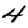
Digit: 4